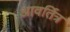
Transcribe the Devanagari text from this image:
आवर्तित्र